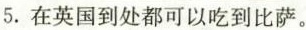
5.在英国到处都可以吃到比萨.